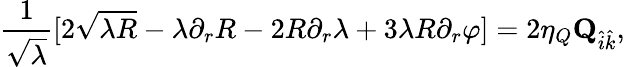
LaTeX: {\frac{1}{\sqrt{\lambda}}}[2\sqrt{\lambda R}-\lambda\partial_{r}R-2R\partial_{r}\lambda+3\lambda R\partial_{r}\varphi]=2\eta_{Q}{\mathbf Q}_{\hat{i}\hat{k}},